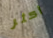
أكثر